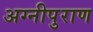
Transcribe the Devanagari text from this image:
अग्नीपुराण